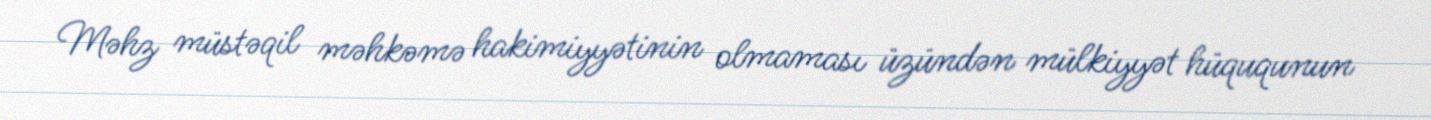
Məhz müstəqil məhkəmə hakimiyyətinin olmaması üzündən mülkiyyət hüququnun